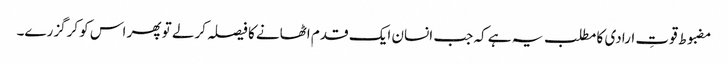
مضبوط قوتِ ارادی کا مطلب یہ ہے کہ جب انسان ایک قدم اٹھانے کا فیصلہ کرلے تو پھر اس کو کرگزرے۔